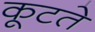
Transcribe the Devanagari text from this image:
कूटते